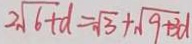
2 \sqrt { 6 + d } = \sqrt { 3 } + \sqrt { 9 + 3 d }